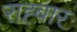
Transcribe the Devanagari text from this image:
राह्बार